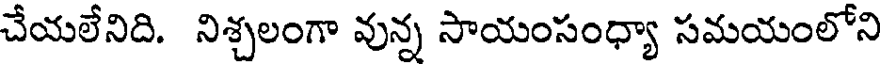
చేయలేనిది. నిశ్చలంగా వున్న సాయంసంధ్యా సమయంలోని